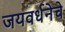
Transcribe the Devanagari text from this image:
जयवर्धनेचे